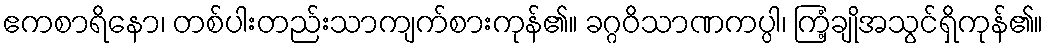
ဧကစာရိနော၊ တစ်ပါးတည်းသာကျက်စားကုန်၏။ ခဂ္ဂဝိသာဏကပ္ပါ၊ ကြံ့ချိုအသွင်ရှိကုန်၏။